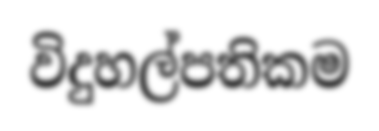
විදුහල්පතිකම